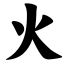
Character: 火